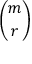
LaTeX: \binom { m } { r }